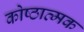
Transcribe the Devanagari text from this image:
कोष्ठात्मक